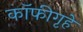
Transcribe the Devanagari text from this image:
कॉफीगृहे